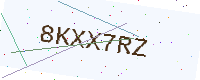
Text: 8KXX7RZ